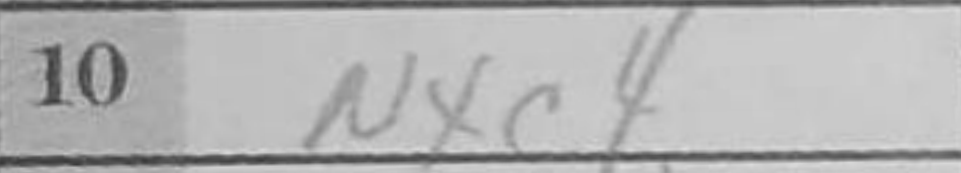
Transcription: Nxc4